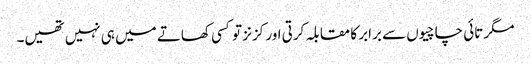
مگر تائی چاچیوں سے برابر کا مقابلہ کرتی اور کزنز تو کسی کھاتے میں ہی نہیں تھیں۔